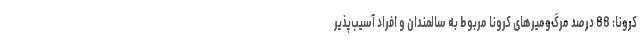
کرونا: 88 درصد مرگ‌ومیرهای کرونا مربوط به سالمندان و افراد آسیب‌پذیر